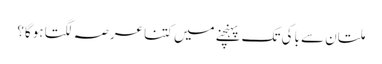
ملتان سے باکی تک پہنچنے میں کتنا عرصہ لگتا ہوگا؟